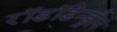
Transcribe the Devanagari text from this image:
रॉडॉडेन्ड्रोन